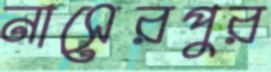
নাসেরপুর